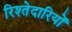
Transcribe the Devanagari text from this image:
रिश्तेदारियों